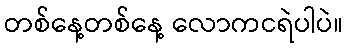
တစ်နေ့တစ်နေ့ လောကငရဲပါပဲ။